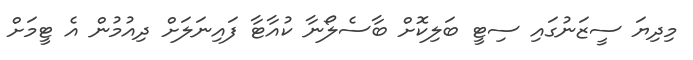
މިދިޔަ ސީޒަނުގައި ސިޓީ ބަލިކޮށް ބާސެލޯނާ ކުއާޓާ ފައިނަލަށް ދިއުމުން އެ ޓީމަށް